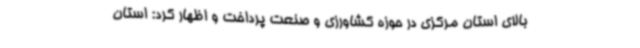
بالای استان مرکزی در حوزه کشاورزی و صنعت پرداخت و اظهار کرد: استان